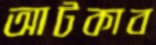
আটকাব